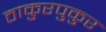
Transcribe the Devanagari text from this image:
ठाकुरपुकुर